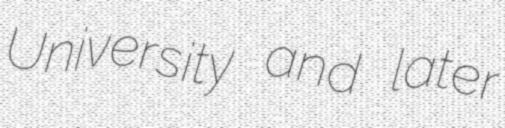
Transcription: University and later